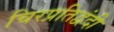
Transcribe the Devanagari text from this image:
चिरप्रतिद्वंदी